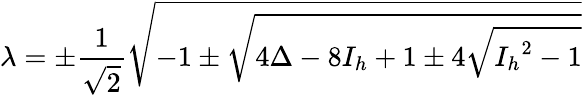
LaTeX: \lambda=\pm\frac{1}{\sqrt{2}}\sqrt{-1\pm\sqrt{4\Delta-8{I_{h}}+1\pm 4\sqrt{{{{I_{h}}}^{2}}-1}}}